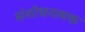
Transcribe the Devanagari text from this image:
संशोधनत्मक